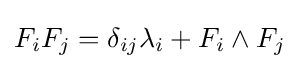
F_{i}F_{j}=\delta _{ij}\lambda _{i}+F_{i}\wedge F_{j}